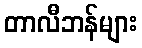
တာလီဘန်များ